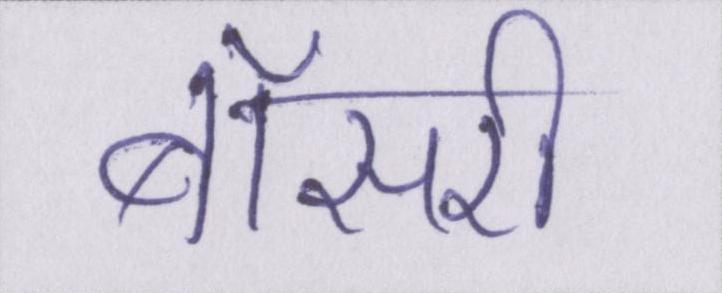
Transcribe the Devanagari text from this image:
बॉसरी